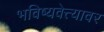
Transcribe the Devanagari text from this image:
भविष्यवेत्त्यावर